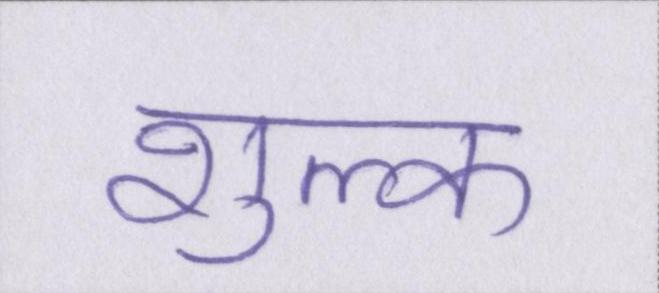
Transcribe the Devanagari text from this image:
शुल्क